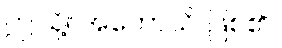
ဤသို့။ အဟောသိ၊ ဖြစ်၏။